Civil Veterinary Department. Central Provinces & Berar 1932-41 - 1932-1941
Year: 1932
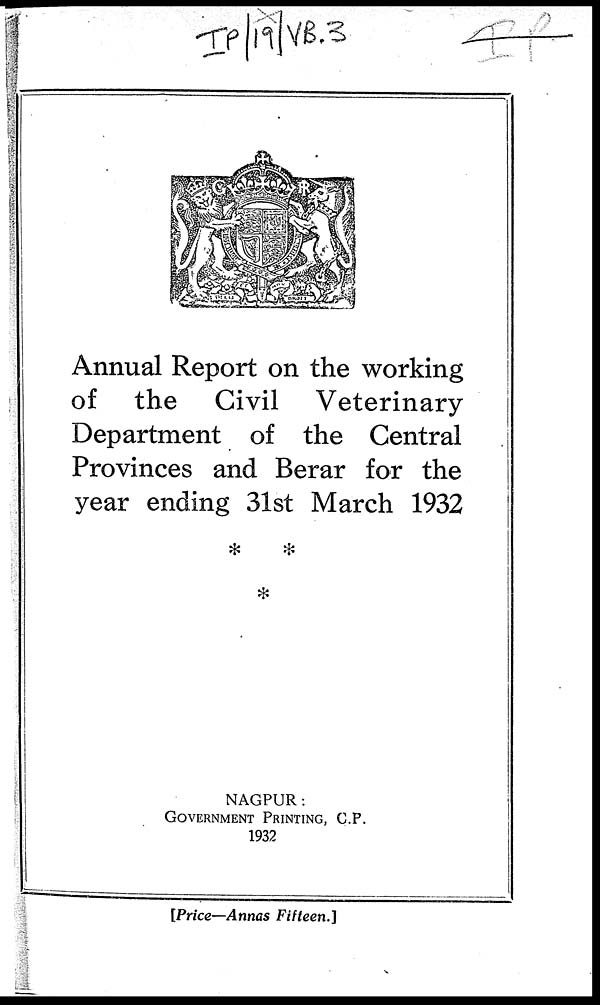
Annual Report on the working
of the Civil Veterinary
Department of the Central
Provinces and Berar for the
year ending 31st March 1932
NAGPUR:
GOVERNMENT PRINTING, C.P.
1932
[Price—Annas Fifteen.]